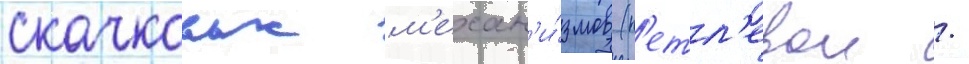
скачковых м'ехан'и́змов (п'етл'евои /